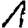
Digit: 1